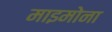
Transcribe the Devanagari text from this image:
माइमोना